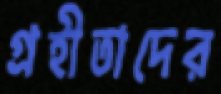
গ্রহীতাদের